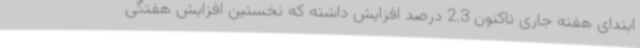
ابتدای هفته جاری تاکنون 2.3 درصد افزایش داشته که نخستین افزایش هفتگی